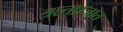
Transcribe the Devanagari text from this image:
ऋतप्रजात